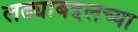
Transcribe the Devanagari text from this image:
लढ्याबद्दलच्या